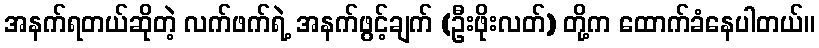
အနက်ရတယ်ဆိုတဲ့ လက်ဖက်ရဲ့ အနက်ဖွင့်ချက် (ဦးဖိုးလတ်) တို့က ထောက်ခံနေပါတယ်။